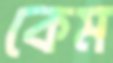
কেম